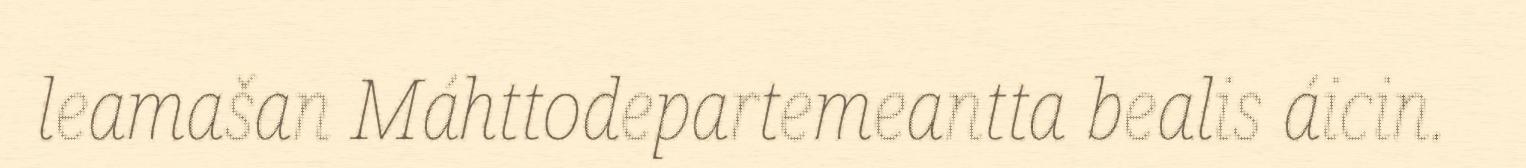
leamašan Máhttodepartemeantta bealis áicin.